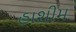
હાશીમ